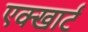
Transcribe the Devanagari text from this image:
एक्खार्ट